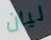
ليان